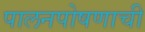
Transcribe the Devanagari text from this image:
पालनपोषणाची